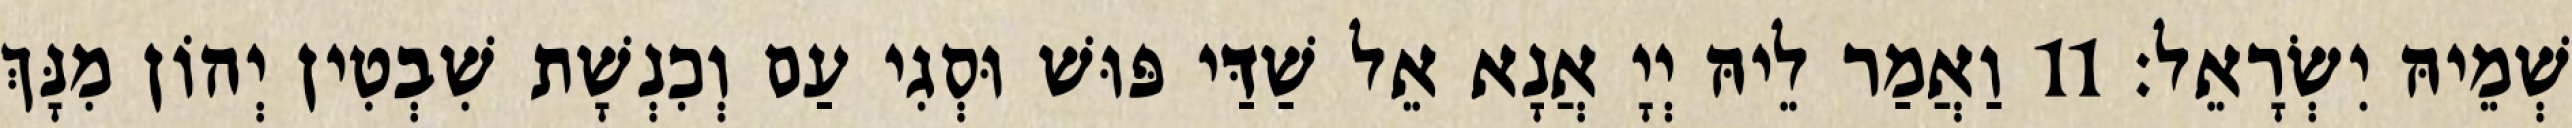
שְׁמֵיהּ יִשְׂרָאֵל׃ 11 וַאֲמַר לֵיהּ יְיָ אֲנָא אֵל שַׁדַּי פּוּשׁ וּסְגִי עַם וְכִנְשָׁת שִׁבְטִין יְהוֹן מִנָּךְ